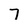
Character: 7